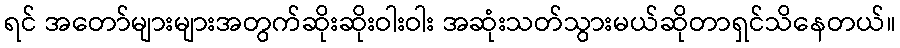
ရင် အတော်များများအတွက်ဆိုးဆိုးဝါးဝါး အဆုံးသတ်သွားမယ်ဆိုတာရှင်သိနေတယ်။